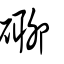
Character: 𥕡